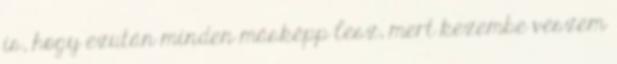
is, hogy ezután minden másképp lesz, mert kezembe veszem